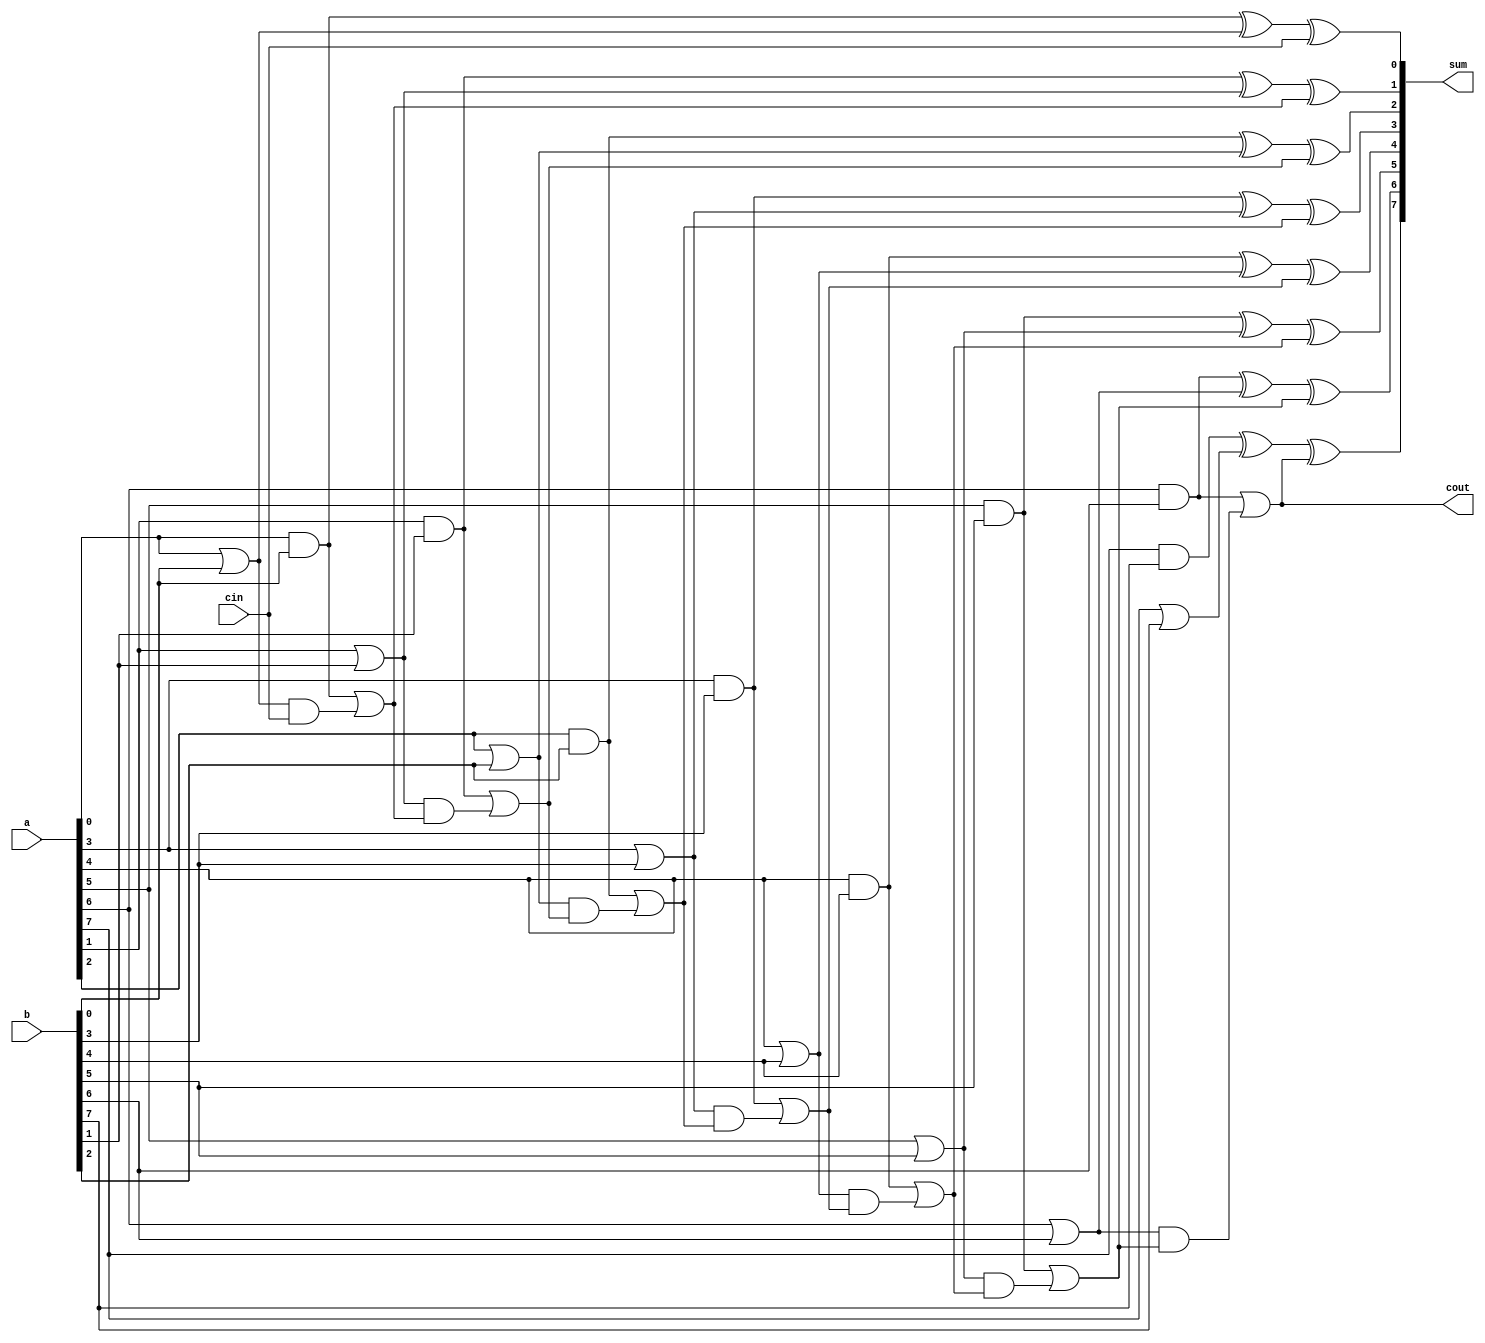
module add_ahead_gene #(parameter SIZE = 8)
			(input[SIZE-1:0] a,b,
			 input cin,
			 output[SIZE-1:0] sum,
			 output cout);
wire[SIZE-1:0] G,P,C;
assign C[0]=cin;
assign cout=C[SIZE-1];

generate
genvar i;
for(i=0;i<SIZE;i=i+1)
begin : adder_sum
assign G[i] = a[i] & b[i];
assign P[i] = a[i] | b[i];
assign sum[i] = G[i]^P[i]^C[i];
end

for(i=1;i<SIZE;i=i+1)
begin : adder_carry
assign C[i] = G[i-1]|(P[i-1]&C[i-1]);
end
endgenerate
endmodule